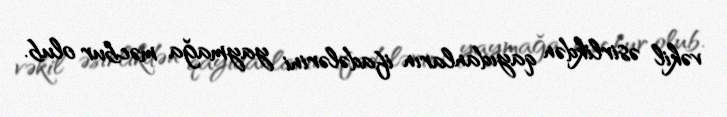
vəkil əsirlikdən qayıdanların ifadələrini yaymağa məcbur olub.